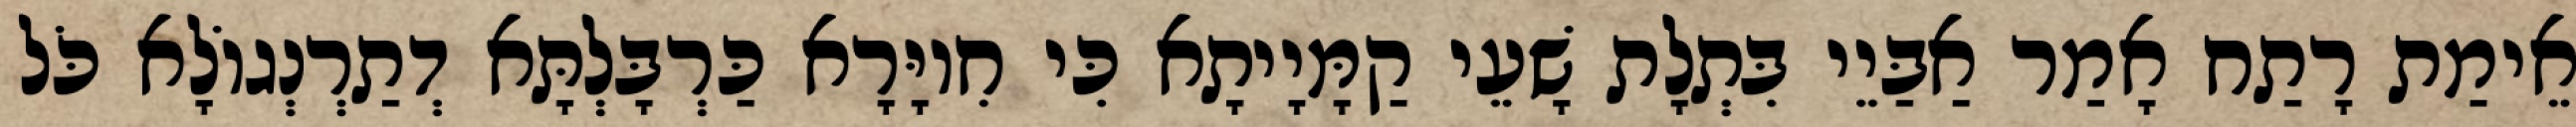
אֵימַת רָתַח אָמַר אַבַּיֵי בִּתְלָת שָׁעֵי קַמָּיָיתָא כִּי חִיוָּרָא כַּרְבָּלְתָּא דְתַרְנְגוֹלָא כֹּל